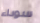
سوداء